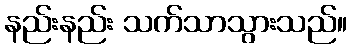
နည်းနည်း သက်သာသွားသည်။